Annual report on the lock hospitals of the Madras Presidency
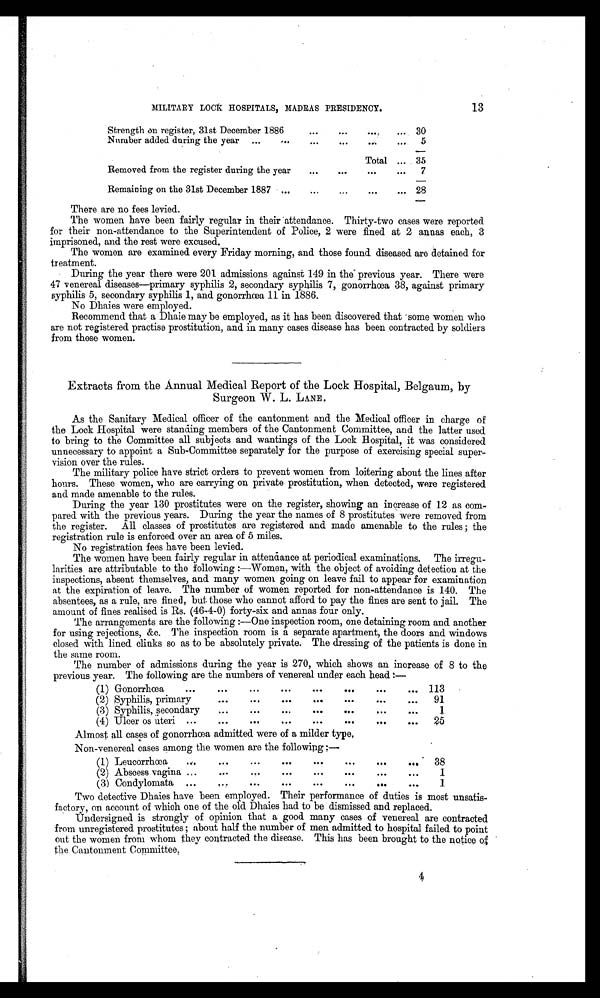
13
MILITARY LOCK HOSPITALS, MADRAS PRESIDENCY.
Strength on register, 31st December 1886
...
...
...
... 30
Number added during the year ... ... ... ... ... ...
5
Total ... 35
Removed from the register during the year
... ... ...
... 7
Remaining on the 31st December 1887 ...
...
...
... 28
There are no fees levied.
The women have been fairly regular in their attendance. Thirty-two cases were reported
for their non-attendance to the Superintendent of Police, 2 were fined at 2 annas each, 3
imprisoned, and the rest were excused.
The women are examined every Friday morning, and those found diseased are detained for
treatment.
During the year there were 201 admissions against 149 in the previous year. There were
47 venereal diseases—primary syphilis 2, secondary syphilis 7, gonorrhœa 38, against primary
syphilis 5, secondary syphilis 1, and gonorrhœa 11 in 1886.
No Dhaies were employed.
Recommend that a Dhaie may be employed, as it has been discovered that some women who
are not registered practise prostitution, and in many cases disease has been. contracted by soldiers
from these women.
Extracts from the Annual Medical Report of the Lock Hospital, Belgaum, by
Surgeon W. L. LANE.
As the Sanitary Medical officer of the cantonment and the Medical officer in charge of
the Lock Hospital were standing members of the Cantonment Committee, and the latter used
to bring to the Committee all subjects and wantings of the Lock Hospital, it was considered
unnecessary to appoint a Sub-Committee separately for the purpose of exercising special super-
vision over the rules.
The military police have strict orders to prevent women from loitering about the lines after
hours. These women, who are carrying on private prostitution, when detected, were registered
and made amenable to the rules.
During the year 130 prostitutes were on the register, showing an increase of 12 as com-
pared with the previous years. During the year the names of 8 prostitutes were removed from
the register. All classes of prostitutes are registered and made amenable to the rules; the
registration rule is enforced over an area of 5 miles.
No registration fees have been levied.
The women have been fairly regular in attendance at periodical examinations. The irregu-
larities are attributable to the following:—Women, with the object of avoiding detection at the
inspections, absent themselves, and many women. going on leave fail to appear for examination
at the expiration of leave. The number of women reported for non-attendance is 140. The
absentees, as a rule, are fined, but those who cannot afford to pay the fines are sent to jail. The
amount of fines realised is Rs. (46-4-0) forty-six and annas four only.
The arrangements are the following:—One inspection room, one detaining room and another
f or us i ng r e j e c t i ons , a mp; c . The i ns pe c t i on r oom i s a s e pa r a t e a pa r t me nt , t he door s a nd wi ndows
closed with lined Clinks so as to be absolutely private. The dressing of the patients is done in
the same room.
The number of admissions during the year is 270, which shows an increase of 8 to the
previous year. The following are the numbers of venereal under each head: —
(1) Gonorrhœa
... ... ... ... ... ... ... ...
113
(2) Syphilis, primary
...
...
... ... ... ... ...
91
(3) Syphilis, secondary
... ... ... ... ... ... ...
1
(4) Ulcer os uteri ...
... ... ... ... ... ... ...
25
Almost all cases of gonorrhœa admitted were of a milder type
.
Non-venereal cases among the women are the following —
(1) Leucorrhœa
...
... ... ... ... ... ... ...
38
(2) Abscess vagina
... ... ... ... ... ... ...
1
(3) Condylomata ...
,.,
... ... ... ... ... ...
1
Two detective Dhaies have been employed. Their performance of duties is most unsatis-
factory, on account of which one of the old Dhaies had to be dismissed and replaced.
Undersigned is strongly of opinion that a good many cases of venereal are contracted
from unregistered prostitutes; about half the number of men admitted to hospital failed to point
out the women from whom they contracted the disease. This has been brought to the notice of
the Cantonment Committee.
4